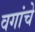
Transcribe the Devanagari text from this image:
वगांचे